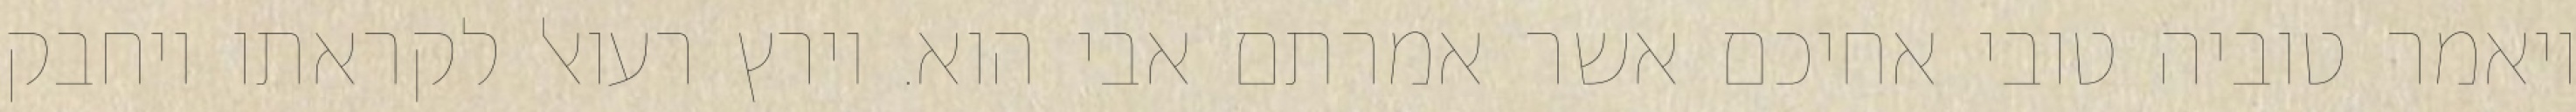
ויאמר טוביה טובי אחיכם אשר אמרתם אבי הוא. וירץ רעואל לקראתו ויחבק